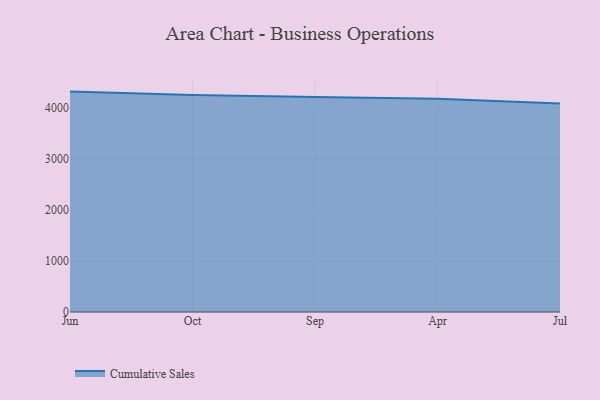
{"axis": {"x": "Month", "y": "LTV (USD)"}, "legend": ["Cumulative Sales"], "data": [{"x": "Jun", "y": 4319.6, "type": "Cumulative Sales"}, {"x": "Oct", "y": 4253.7, "type": "Cumulative Sales"}, {"x": "Sep", "y": 4215.0, "type": "Cumulative Sales"}, {"x": "Apr", "y": 4180.5, "type": "Cumulative Sales"}, {"x": "Jul", "y": 4087.6, "type": "Cumulative Sales"}]}